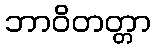
ဘာဝိတတ္တာ